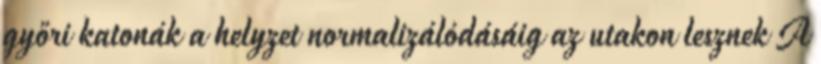
győri katonák a helyzet normalizálódásáig az utakon lesznek A